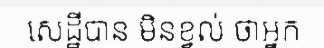
សេដ្ឋីបាន មិនខ្វល់ ថាអ្នក